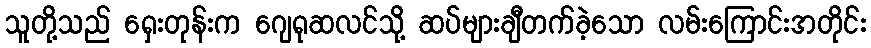
သူတို့သည် ရှေးတုန်းက ဂျေရုဆလင်သို့ ဆပ်များချီတက်ခဲ့သော လမ်းကြောင်းအတိုင်း